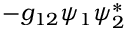
- g _ { 1 2 } \psi _ { 1 } \psi _ { 2 } ^ { * }